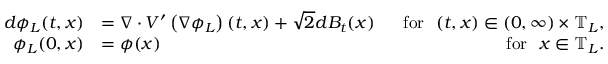
\begin{array} { r l r } { d \phi _ { L } ( t , x ) } & { = \nabla \cdot V ^ { \prime } \left( \nabla \phi _ { L } \right) ( t , x ) + \sqrt { 2 } d B _ { t } ( x ) } & { ~ ~ \mathrm { f o r } ~ ~ ( t , x ) \in ( 0 , \infty ) \times \mathbb { T } _ { L } , } \\ { \phi _ { L } ( 0 , x ) } & { = \phi ( x ) } & { \mathrm { f o r } ~ ~ x \in \mathbb { T } _ { L } . } \end{array}